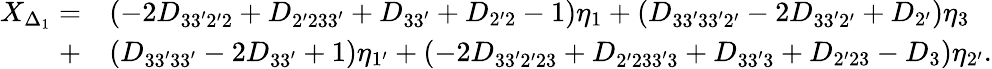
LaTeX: \begin{array}{rl}{X_{\Delta_{1}}=}&{(-2D_{33^{\prime}2^{\prime}2}+D_{2^{\prime}233^{\prime}}+D_{33^{\prime}}+D_{2^{\prime}2}-1){\eta_{1}}+({{D_{33^{\prime}33^{\prime}2^{\prime}}}-2{D_{33^{\prime}2^{\prime}}}+{D_{2^{\prime}}}}){\eta_{3}}}\\ {+}&{({D_{33^{\prime}33^{\prime}}-2{D_{33^{\prime}}}+1}){\eta_{1^{\prime}}}+(-2{D_{33^{\prime}2^{\prime}23}}+{D_{2^{\prime}233^{\prime}3}}+{D_{33^{\prime}3}}+{D_{2^{\prime}23}}-{D_{3}}){\eta_{2^{\prime}}}.}\end{array}